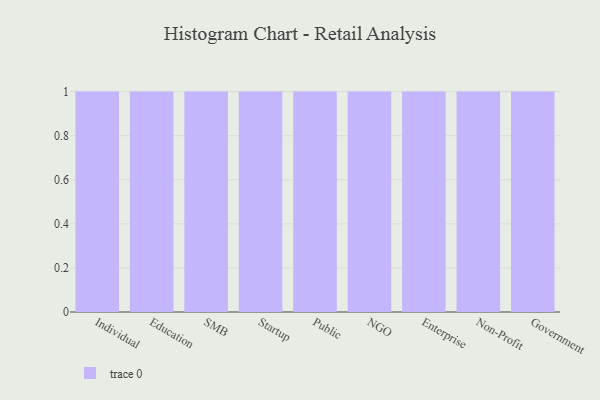
{"axis": {"x": "Segment", "y": "Market Share (%)"}, "legend": [""], "data": [{"x": "Individual", "y": 63, "type": ""}, {"x": "Education", "y": 79, "type": ""}, {"x": "SMB", "y": 50, "type": ""}, {"x": "Startup", "y": 10, "type": ""}, {"x": "Public", "y": 37, "type": ""}, {"x": "NGO", "y": 99, "type": ""}, {"x": "Enterprise", "y": 54, "type": ""}, {"x": "Non-Profit", "y": 10, "type": ""}, {"x": "Government", "y": 19, "type": ""}]}